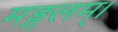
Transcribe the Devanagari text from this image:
मङ्गलम्।